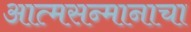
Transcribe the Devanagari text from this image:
आत्मसन्मानाचा